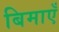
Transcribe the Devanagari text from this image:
बिमाएँ